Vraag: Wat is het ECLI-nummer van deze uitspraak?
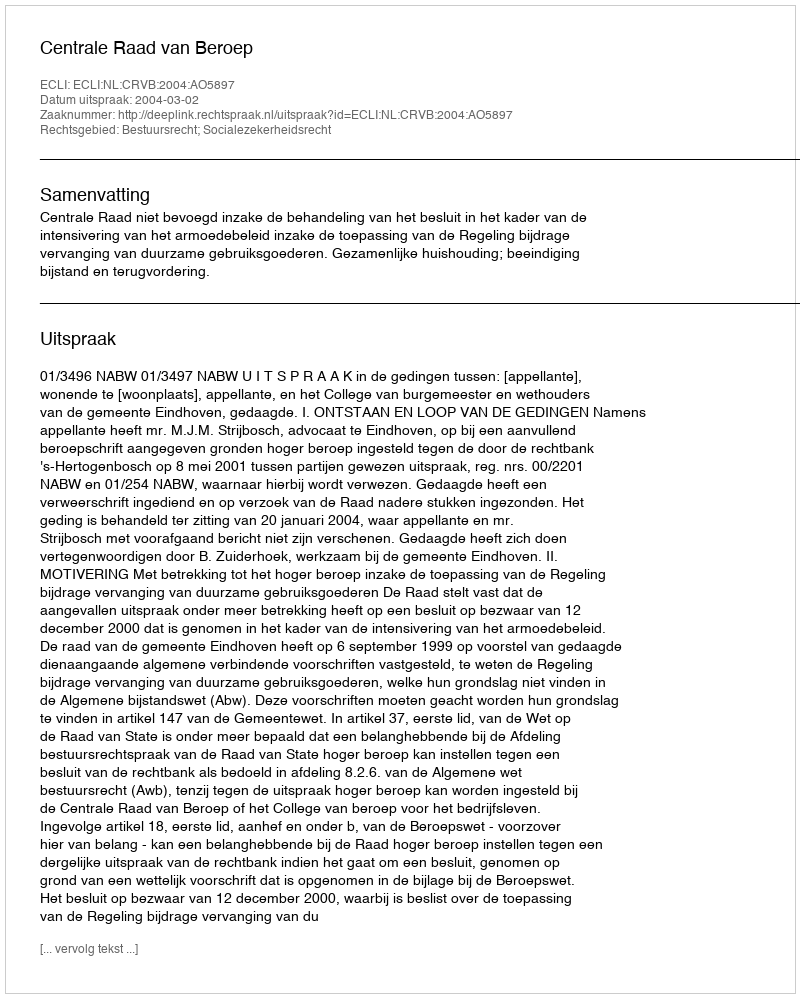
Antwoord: ECLI:NL:CRVB:2004:AO5897